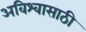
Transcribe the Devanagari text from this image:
अविश्‍वासाठी